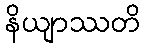
နိယျာဿတိ